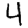
Digit: 4